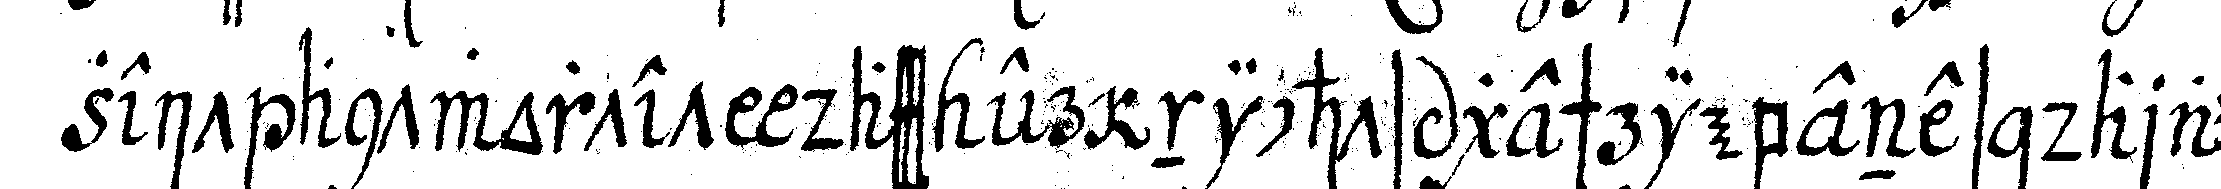
zeit antwortet dass er nichts geschriebenes darauf